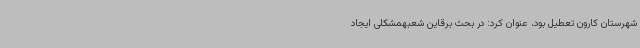
شهرستان کارون تعطیل بود، عنوان کرد: در بحث برقاین شعبهمشکلی ایجاد